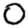
Digit: 0